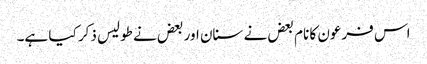
اس فرعون کا نام بعض نے سنان اور بعض نے طولیس ذکر کیا ہے۔